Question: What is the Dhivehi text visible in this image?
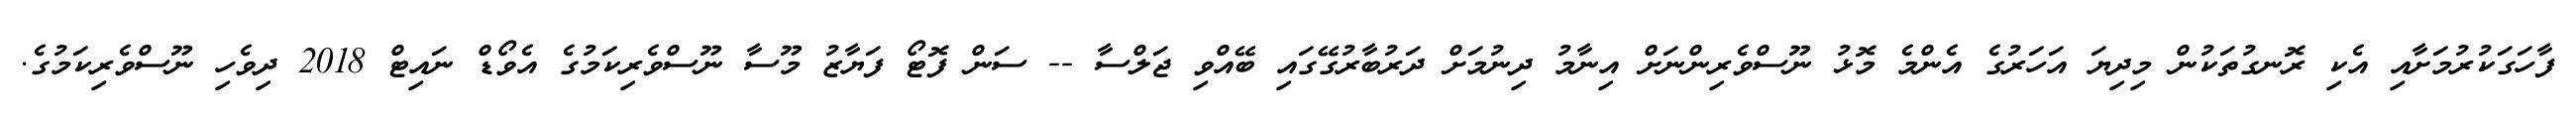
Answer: ފާހަގަކުރުމަށާއި އެކި ރޮނގުތަކުން މިދިޔަ އަހަރުގެ އެންމެ މޮޅު ނޫސްވެރިންނަށް އިނާމު ދިނުމަށް ދަރުބާރުގޭގައި ބޭއްވި ޖަލްސާ -- ސަން ފޮޓޯ ފަޔާޒު މޫސާ ނޫސްވެރިކަމުގެ އެވޯޑް ނައިޓް 2018 ދިވެހި ނޫސްވެރިކަމުގެ.